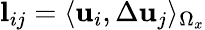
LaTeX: \textbf{l}_{ij}=\langle{\mathbf{u}}_{i},\Delta{\mathbf{u}}_{j}\rangle_{\Omega_{x}}